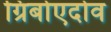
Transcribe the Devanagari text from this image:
ग्रिबोएदोव